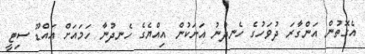
އެގޮތުން އަންގާރަ ދުވަހުގެ ހެނދުނު އަށަކުން އިއްޔެގެ ހެނދުނާ ހަމައަށް އައްޑޫ ސިޓީ